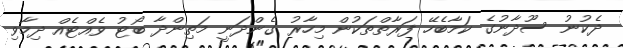
ދެކުނު ސޫދާނުގެ ކަމާބެހޭ ފަރާތްތަކުން މިހާރު ގެންދަނީ މަތިންދާ ބޯޓު ވެއްޓެއް ދިމާވި